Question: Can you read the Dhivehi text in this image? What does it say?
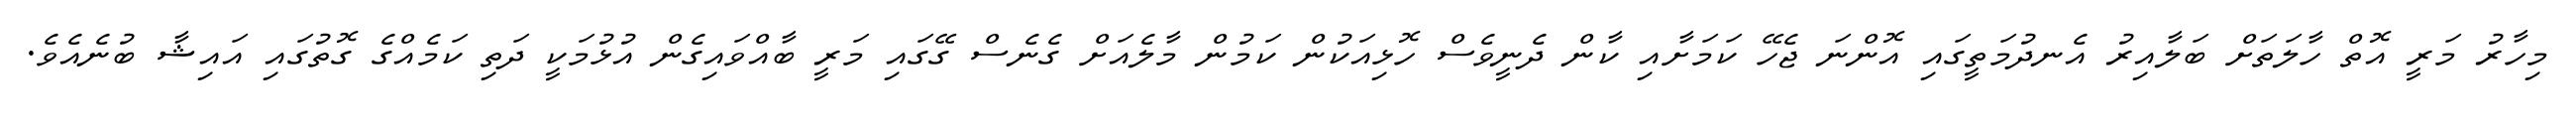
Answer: މިހާރު މަރީ އޮތް ހާލަތަށް ބަލާއިރު އެނދުމަތީގައި އޮންނަ ޖެހޭ ކަމަށާއި ކާން ދެނީވެސް ހޮޅިއަކުން ކަމުން މާލެއަށް ގެނެސް ގޭގައި މަރީ ބާއްވައިގެން އުޅުމަކީ ދަތި ކަމެއްގެ ގޮތުގައި އައިޝާ ބުނެއެވެ.